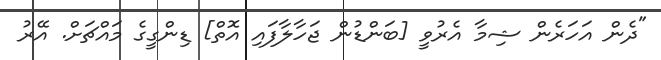
"ދެން އަހަރެން ޝިމާ އެރުވީ [ބަންޑުން ޖަހާލާފައި އޮތް] ޑިންގީގެ މައްޗަށް. އޭރު